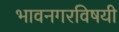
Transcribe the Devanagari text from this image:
भावनगरविषयी